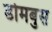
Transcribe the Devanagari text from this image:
डोमबुस